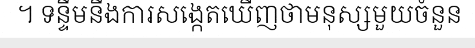
។ ទន្ទឹមនឹងការសង្កេតឃើញថាមនុស្សមួយចំនួន